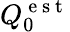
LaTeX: Q_{\mathrm{0}}^{\mathrm{~e~s~t~}}